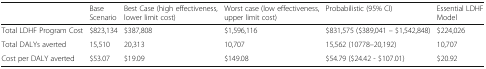
<table><thead><tr><td></td><td><b>Base Scenario</b></td><td><b>Best Case (high effectiveness, lower limit cost)</b></td><td><b>Worst case (low effectiveness, upper limit cost)</b></td><td><b>Probabilistic (95% CI)</b></td><td><b>Essential LDHF Model</b></td></tr></thead><tbody><tr><td>Total LDHF Program Cost</td><td>$823,134</td><td>$387,808</td><td>$1,596,116</td><td>$831,575 ($389,041 – $1,542,848)</td><td>$224,026</td></tr><tr><td>Total DALYs averted</td><td>15,510</td><td>20,313</td><td>10,707</td><td>15,562 (10778–20,192)</td><td>10,707</td></tr><tr><td>Cost per DALY averted</td><td>$53.07</td><td>$19.09</td><td>$149.08</td><td>$54.79 ($24.42 - $107.01)</td><td>$20.92</td></tr></tbody></table>